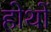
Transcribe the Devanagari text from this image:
होथों